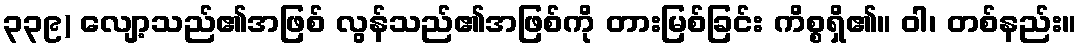
၃၃၉) လျော့သည်၏အဖြစ် လွန်သည်၏အဖြစ်ကို တားမြစ်ခြင်း ကိစ္စရှိ၏။ ဝါ၊ တစ်နည်း။